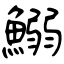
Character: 鰯